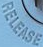
RELEASE